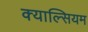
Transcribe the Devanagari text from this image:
क्याल्सियम